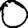
Digit: 0